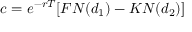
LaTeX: c = e ^ { - r T } [ F N ( d _ { 1 } ) - K N ( d _ { 2 } ) ]